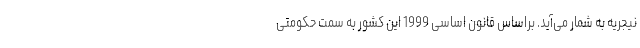
نیجریه به شمار می‌آید. براساس قانون اساسی 1999 این کشور به سمت حکومتی